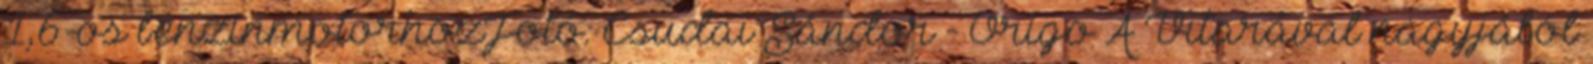
1,6-os benzinmotorhozFotó: Csudai Sándor - Origo A Vitarával nagyjából